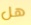
هل